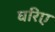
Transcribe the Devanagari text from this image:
घरिए